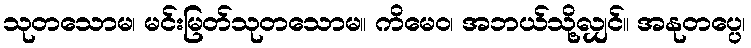
သုတသောမ၊ မင်းမြတ်သုတသောမ။ ကိမေဝ၊ အဘယ်သို့လျှင်။ အနုတပ္ပေ၊